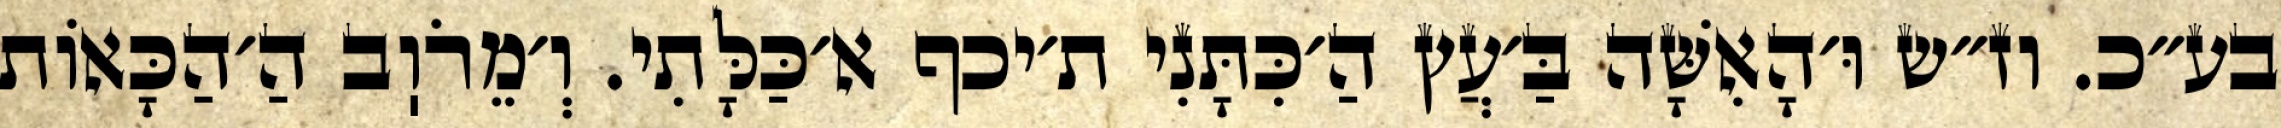
בע״כ. וז״ש וּ׳הָאִשָּׁה בַּ׳עֲץ הַ׳כִּתָּנִי ת׳יכף א׳כַּלָּתִי. וְ׳מֵרֹוֽב הַ׳הַכָּאוֹת